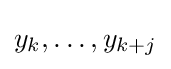
y_{k},\ldots ,y_{k+j}